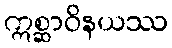
ဣစ္ဆာဝိနယဿ